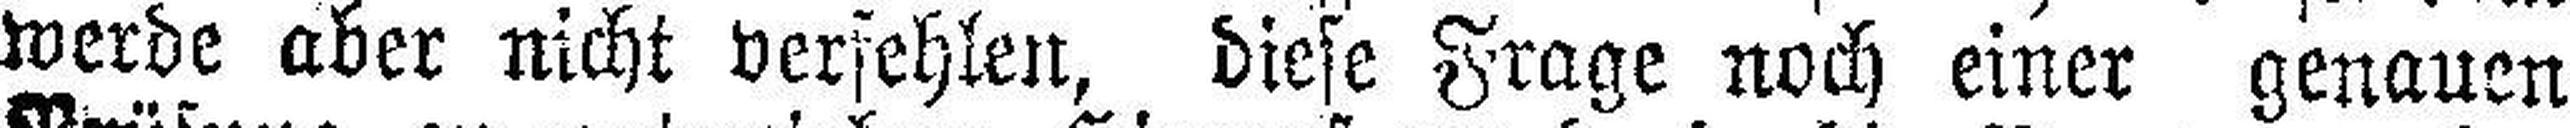
werde aber nicht verfehlen, diese Frage noch einer genauen